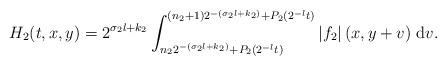
LaTeX: \begin{align*}H_2(t,x,y)=2^{\sigma_2 l+k_2}\int_{n_2 2^{-(\sigma_2 l+k_2)}+P_2(2^{-l}t)}^{(n_2+1)2^{-(\sigma_2l+k_2)}+P_2(2^{-l}t)}|f_2|\left(x,y+v\right) \,\mathrm{d}v. \end{align*}